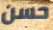
حسن